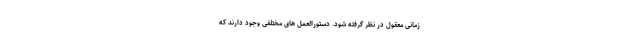
زمانی معقول در نظر گرفته شود. دستورالعمل های مختلفی وجود دارند که